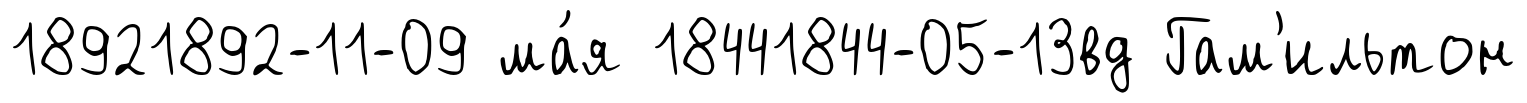
18921892-11-09 ма́я 18441844-05-13вд Гам'ильтон